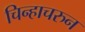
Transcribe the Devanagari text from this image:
चिन्हाचरुन